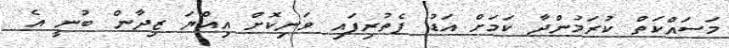
މަސައްކަތް ކުރަމުންދާ ކަމަށް އަޑު ފެތުރިފައި ވަނިކޮށް އިއްޔަ ޒިދާން ބުނީ އެ